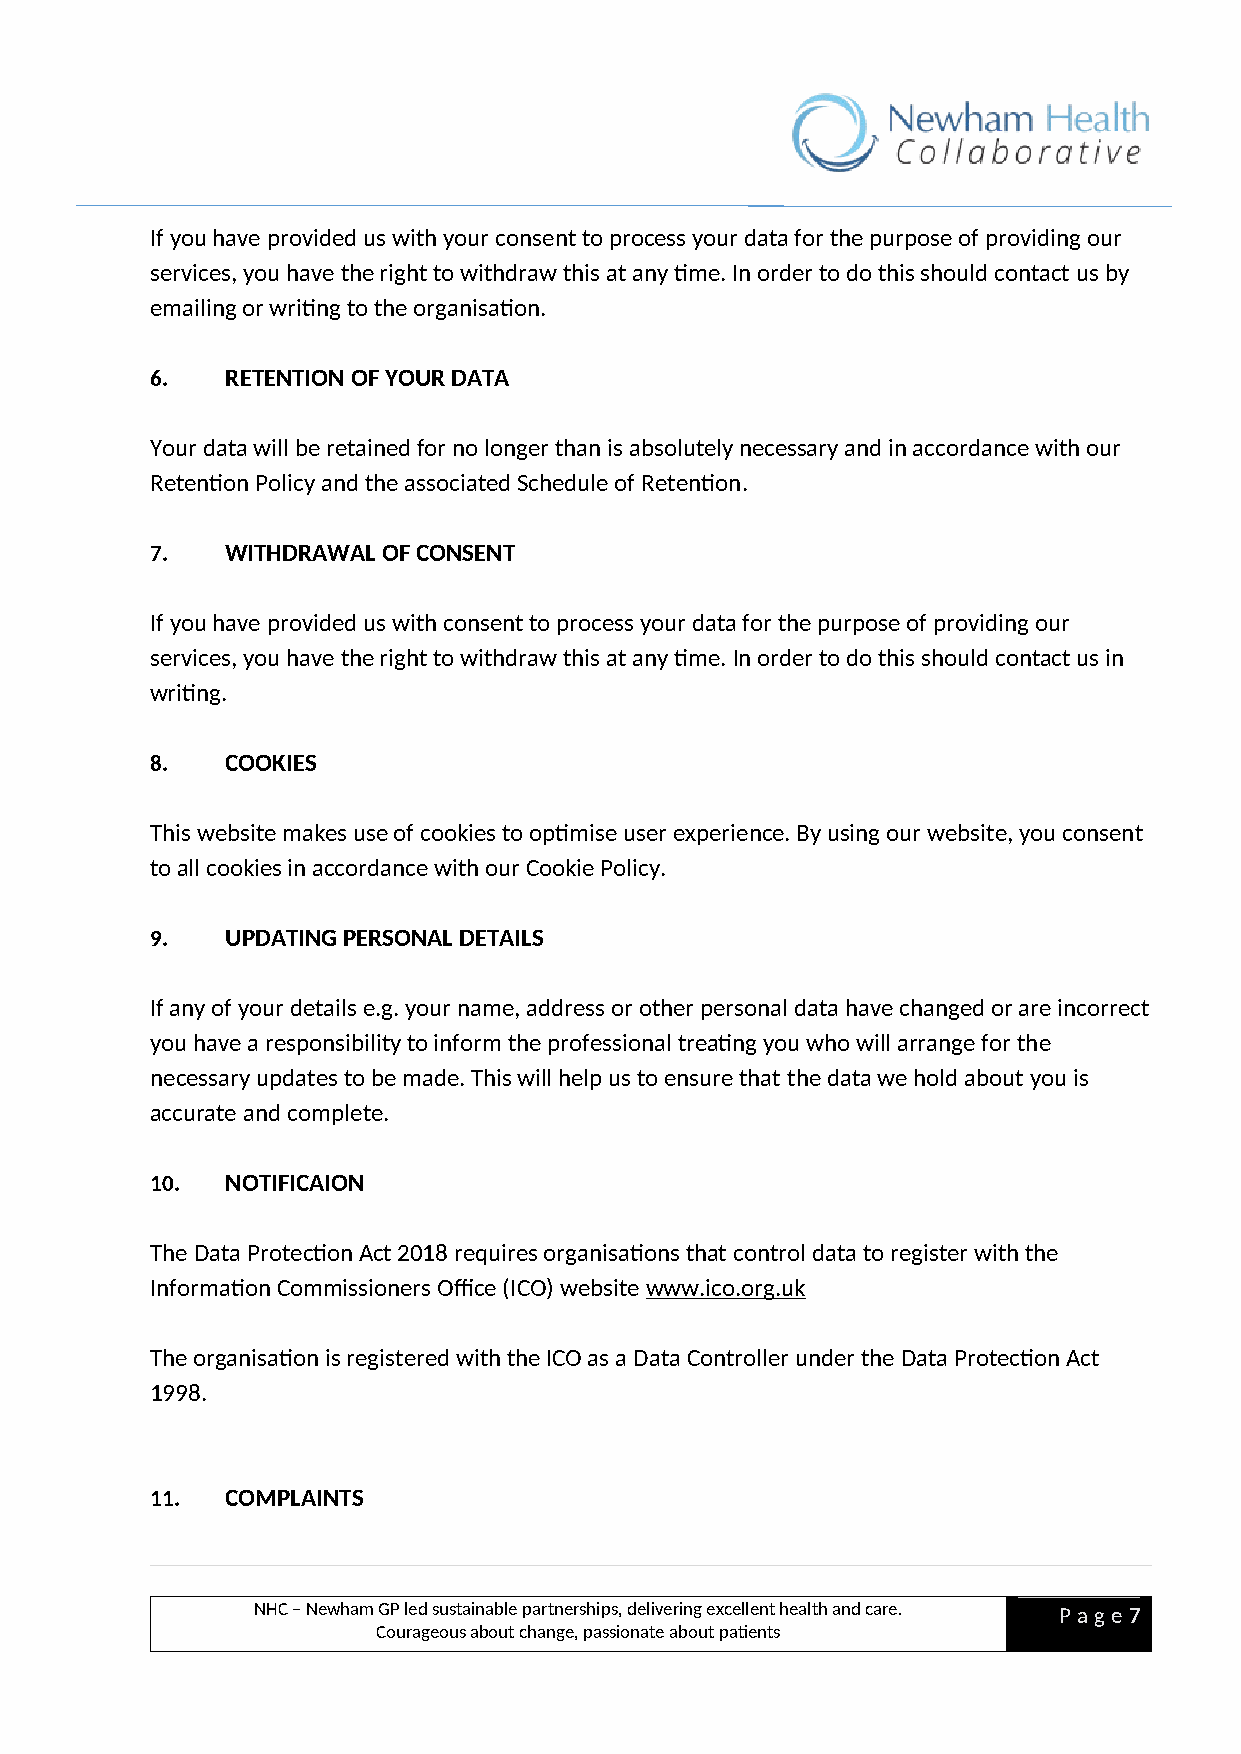
If you have provided us with your consent to process your data for the purpose of providing our
 services, you have the right to withdraw this at any time. In order to do this should contact us by
 emailing or writing to the organisation.
 6.   RETENTION OF YOUR DATA
 Your data will be retained for no longer than is absolutely necessary and in accordance with our
 Retention Policy and the associated Schedule of Retention.
 7.   WITHDRAWAL OF CONSENT
 If you have provided us with consent to process your data for the purpose of providing our
 services, you have the right to withdraw this at any time. In order to do this should contact us in
 writing.
 8.   COOKIES
 This website makes use of cookies to optimise user experience. By using our website, you consent
 to all cookies in accordance with our Cookie Policy.
 9.   UPDATING PERSONAL DETAILS
 If any of your details e.g. your name, address or other personal data have changed or are incorrect
 you have a responsibility to inform the professional treating you who will arrange for the
 necessary updates to be made. This will help us to ensure that the data we hold about you is
 accurate and complete.
 10.  NOTIFICAION
 The Data Protection Act 2018 requires organisations that control data to register with the
 Information Commissioners Office (ICO) website www.ico.org.uk
 The organisation is registered with the ICO as a Data Controller under the Data Protection Act
 1998.
 11.  COMPLAINTS
 NHC – Newham GP led sustainable partnerships, delivering excellent health and care. P a ge 7
 Courageous about change, passionate about patients